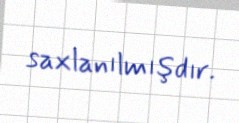
saxlanılmışdır.